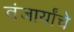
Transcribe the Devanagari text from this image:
वंजार्यांचे